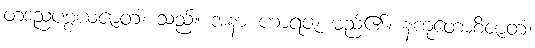
တဒညပစ္စယဇာတံ၊ သည်။ အနာ ဟာရဇံ၊ မည်၏။ နကုတောစိဇာတံ၊